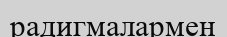
радигмалармен